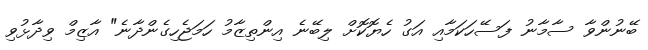
ބޭނުންވާ ސާމާނު ފަސޭހަކަމާއި އަގު ހެޔޮކޮށް ލިބޭނެ އިންތިޒާމު ހަމަޖެހިގެންދާނެ" އާޒިމް ވިދާޅުވި